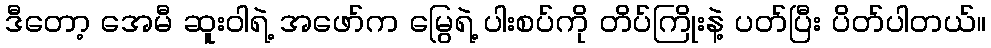
ဒီတော့ အေမီ ဆူးဝါရဲ့ အဖော်က မြွေရဲ့ ပါးစပ်ကို တိပ်ကြိုးနဲ့ ပတ်ပြီး ပိတ်ပါတယ်။